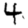
Digit: 4